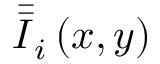
{ \bar { \bar { I } } } _ { i } \left( x , y \right)